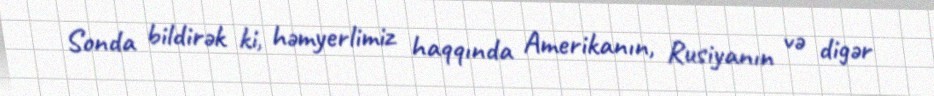
Sonda bildirək ki, həmyerlimiz haqqında Amerikanın, Rusiyanın və digər